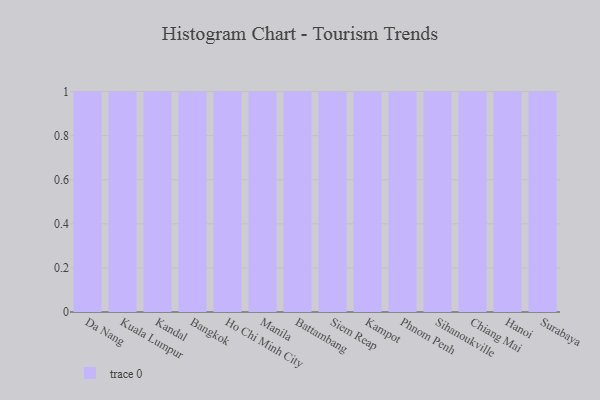
{"axis": {"x": "City", "y": "Website Visitors"}, "legend": [""], "data": [{"x": "Da Nang", "y": 99, "type": ""}, {"x": "Kuala Lumpur", "y": 79, "type": ""}, {"x": "Kandal", "y": 94, "type": ""}, {"x": "Bangkok", "y": 66, "type": ""}, {"x": "Ho Chi Minh City", "y": 69, "type": ""}, {"x": "Manila", "y": 23, "type": ""}, {"x": "Battambang", "y": 17, "type": ""}, {"x": "Siem Reap", "y": 42, "type": ""}, {"x": "Kampot", "y": 96, "type": ""}, {"x": "Phnom Penh", "y": 67, "type": ""}, {"x": "Sihanoukville", "y": 95, "type": ""}, {"x": "Chiang Mai", "y": 55, "type": ""}, {"x": "Hanoi", "y": 92, "type": ""}, {"x": "Surabaya", "y": 87, "type": ""}]}